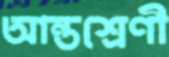
আন্তশ্রেণী